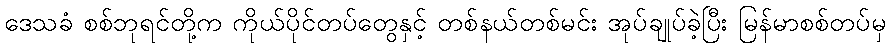
ဒေသခံ စစ်ဘုရင်တို့က ကိုယ်ပိုင်တပ်တွေနှင့် တစ်နယ်တစ်မင်း အုပ်ချုပ်ခဲ့ပြီး မြန်မာစစ်တပ်မှ